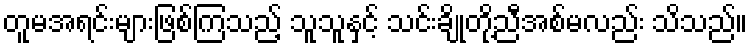
တူမအရင်းများဖြစ်ကြသည့် သူသူနှင့် သင်းချိုတို့ညီအစ်မလည်း သိသည်။